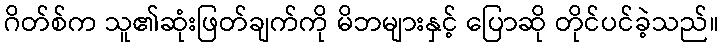
ဂိတ်စ်က သူ၏ဆုံးဖြတ်ချက်ကို မိဘများနှင့် ပြောဆို တိုင်ပင်ခဲ့သည်။